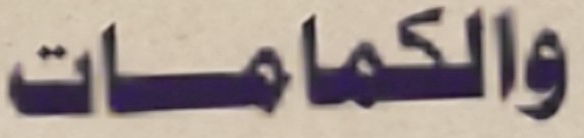
والكمامات